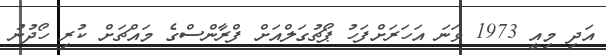
އަދި މިއީ 1973 ވަނަ އަހަރަށްފަހު ޕޯޗުގަލްއަށް ފްރާންސްގެ މައްޗަށް ކުރި ހޯދުނު